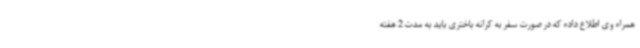
همراه وی اطلاع داده که در صورت سفر به کرانه باختری باید به مدت 2 هفته